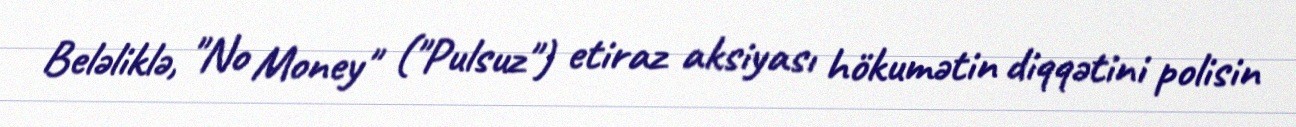
Beləliklə, "No Money" ("Pulsuz") etiraz aksiyası hökumətin diqqətini polisin